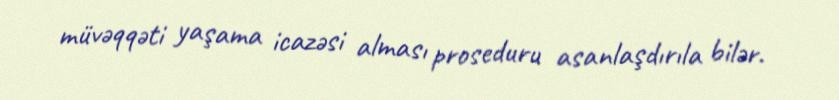
müvəqqəti yaşama icazəsi alması proseduru asanlaşdırıla bilər.